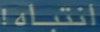
انتباها